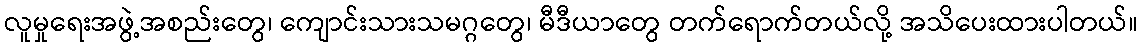
လူမှုရေးအဖွဲ့အစည်းတွေ၊ ကျောင်းသားသမဂ္ဂတွေ၊ မီဒီယာတွေ တက်ရောက်တယ်လို့ အသိပေးထားပါတယ်။